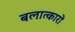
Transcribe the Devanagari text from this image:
बलात्कारों